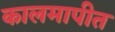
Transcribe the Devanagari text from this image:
कालमापीत